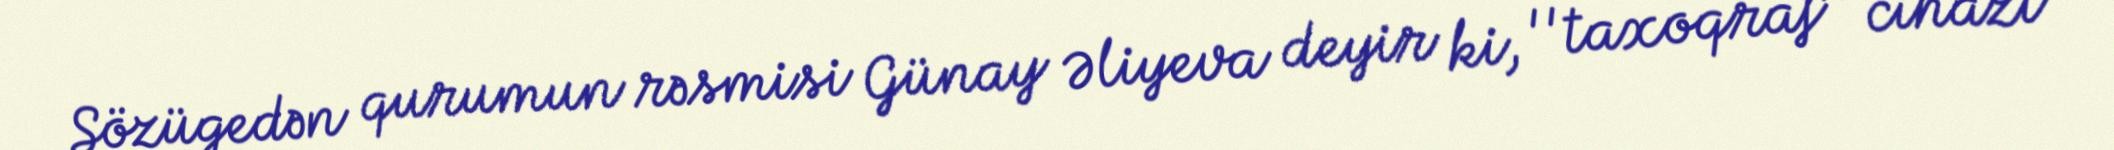
Sözügedən qurumun rəsmisi Günay Əliyeva deyir ki, ''taxoqraf'' cihazı